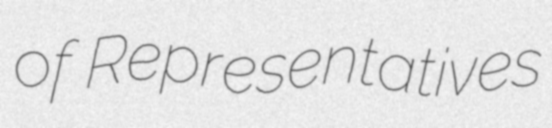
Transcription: of Representatives